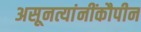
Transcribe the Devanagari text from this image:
असूनत्यांनींकौपीन